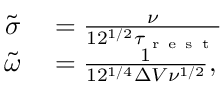
\begin{array} { r l } { \tilde { \sigma } } & { { } = \frac { \nu } { 1 2 ^ { 1 / 2 } \tau _ { \mathrm { ~ r ~ e ~ s ~ t ~ } } } } \\ { \tilde { \omega } } & { { } = \frac { 1 } { 1 2 ^ { 1 / 4 } \Delta V \nu ^ { 1 / 2 } } , } \end{array}